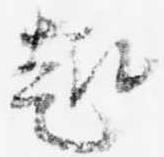
趣